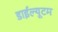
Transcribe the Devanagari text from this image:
डाईल्यूटम